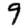
Digit: 9